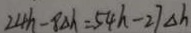
2 4 h - 8 \Delta h = 5 4 h - 2 7 \Delta h